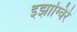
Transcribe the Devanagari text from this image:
इझाग्विरे